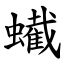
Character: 蠘